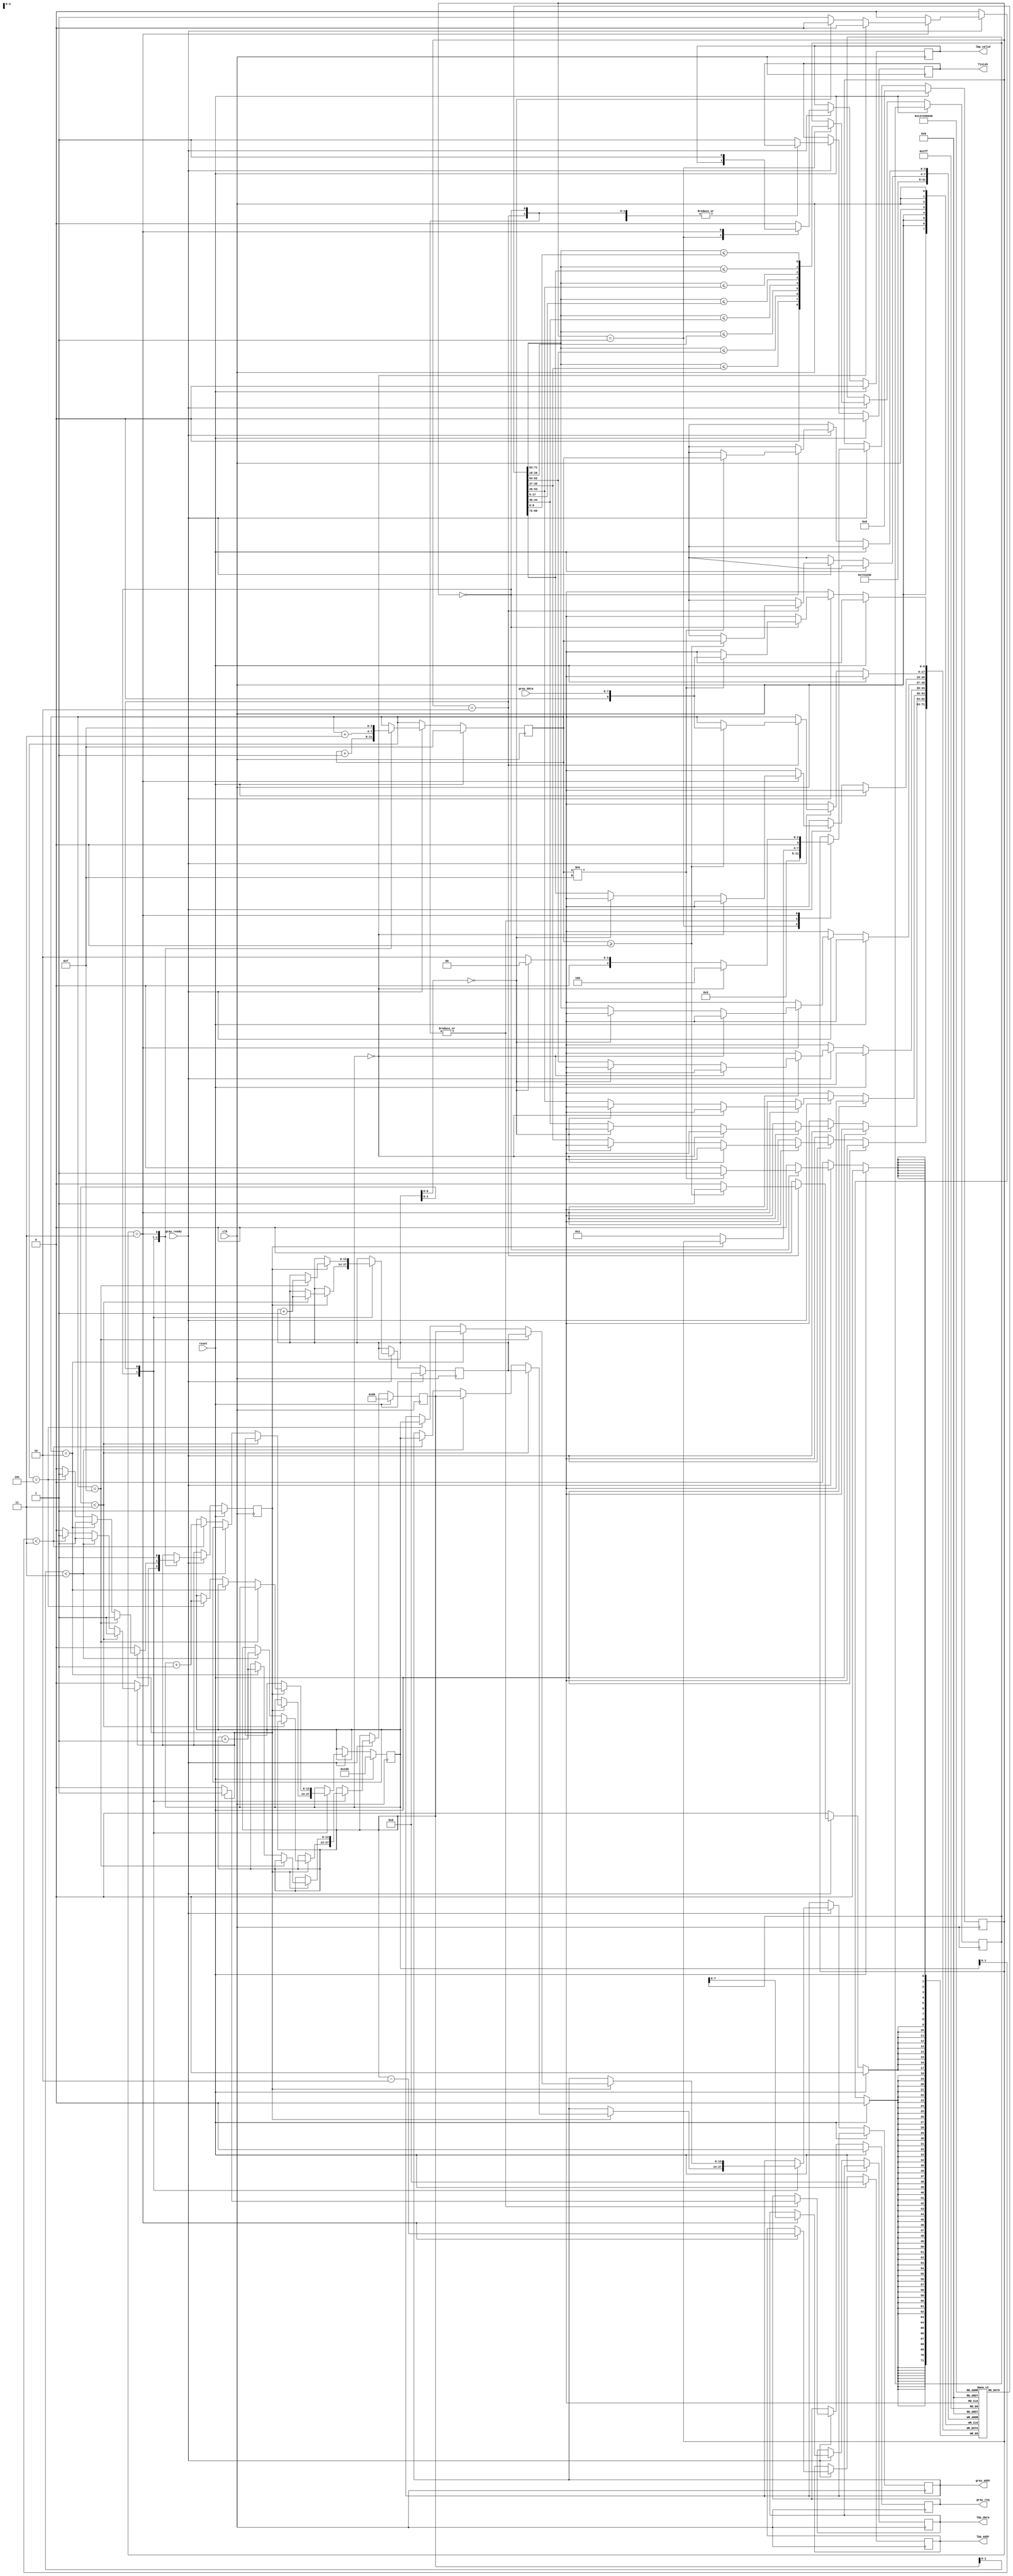

`timescale 1ns/10ps
module LBP ( clk, reset, gray_addr, gray_req, gray_ready, gray_data, lbp_addr, lbp_valid, lbp_data, finish);
input   	clk;
input   	reset;
output reg  [13:0] 	gray_addr;
output reg        	gray_req;
input  	gray_ready;
input   [7:0] 	gray_data;
output reg  [13:0] 	lbp_addr;
output reg  	lbp_valid;
output reg  [7:0] 	lbp_data;
output reg  	finish;

reg [8:0] buffer [8:0];
reg [13:0] addr;

reg [13:0] x, y, z;

reg [8:0] out;

reg init;

reg [3:0] count;

reg [3:0] step;

//====================================================================
always @(posedge clk) begin

if(reset) begin
    gray_req <= 0;
    addr <= 0;
    x <= 0;
    y <= 128;
    z <= 256;
    init <= 1;
    count <= 4'b1111;
    finish <= 0;
    lbp_valid <= 0;
    step <= 0;
    lbp_addr <= 0;
end  
else if(gray_ready) begin
    case(step)
    3'b000: begin // 9 input
        gray_req <= 1;
        lbp_valid <= 0;
        if(init) begin
            if(x[1:0] < 3) begin
                x <= x + 1;
                gray_addr <= x;
            end
            else if(y[1:0] < 3) begin
                y <= y + 1;
                gray_addr <= y;
            end
            else if(z[1:0] < 3) begin
                z <= z + 1;
                gray_addr <= z;
            end
            else
                init <= 0;
        end
        else begin
            gray_req <= 0;
            step <= 1;
            count <= 4'b1111;
        end
        count <= count + 1;
        if(count != 4'b1111)
            buffer[count] <= gray_data;
    end
    3'b001: begin // calculate
        out <= {buffer[4] <= buffer[8], buffer[4] <= buffer[7], buffer[4] <= buffer[6]
        , buffer[4] <= buffer[5] ,buffer[4] <= buffer[3] , buffer[4] <= buffer[2], 
        buffer[4] <= buffer[1], buffer[4] <= buffer[0]};
    
        step <= 3; // output   
    end
    3'b010: begin // 3 input
        lbp_valid <= 0;
        gray_req <= 1;
        if(init) begin
            if(count == 4'b1111) begin
                x <= x + 1;
                gray_addr <= x;
            end
            else if(count == 2) begin
                y <= y + 1;
                gray_addr <= y;
            end
            else if(count == 5) begin
                z <= z + 1;
                gray_addr <= z;
            end
            else
                init <= 0;
        end
        else begin
            gray_req <= 0;
            step <= 1;
            count <= 4'b1111;
        end
        count <= count + 3;
        if(count >= 0)
            buffer[count] <= gray_data;
    end
    3'b011: begin // output
        lbp_valid <= 1;
        lbp_addr <= y-2;
        lbp_data <= out;
        init <= 1;
        count <= 4'b1111;

        if(z == 0) begin
            // x <= 0;
            step <= 4;
        end
        else if(x[6:0] == 0) begin
            step <= 0;
        end
        else begin
            buffer[0] <= buffer[1];
            buffer[3] <= buffer[4];
            buffer[6] <= buffer[7];
            buffer[1] <= buffer[2];
            buffer[4] <= buffer[5];
            buffer[7] <= buffer[8];
            step <= 2;
        end
    end
    default: begin
        lbp_valid <= 0;
        finish <= 1;
    end
    endcase
end
end
endmodule